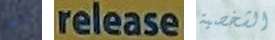
ماذا release الشخصية